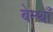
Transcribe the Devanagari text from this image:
बेन्थाँ